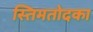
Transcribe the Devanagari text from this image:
स्तिमतोदका